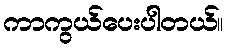
ကာကွယ်ပေးပါတယ်။